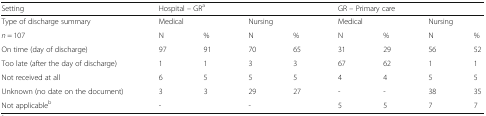
<table><thead><tr><td><b>Setting</b></td><td colspan="4"><b>Hospital – GR<sup>a</sup></b></td><td colspan="4"><b>GR – Primary care</b></td></tr></thead><tbody><tr><td>Type of discharge summary</td><td colspan="2">Medical</td><td colspan="2">Nursing</td><td colspan="2">Medical</td><td colspan="2">Nursing</td></tr><tr><td><i>n</i> = 107</td><td>N</td><td>%</td><td>N</td><td>%</td><td>N</td><td>%</td><td>N</td><td>%</td></tr><tr><td>On time (day of discharge)</td><td>97</td><td>91</td><td>70</td><td>65</td><td>31</td><td>29</td><td>56</td><td>52</td></tr><tr><td>Too late (after the day of discharge)</td><td>1</td><td>1</td><td>3</td><td>3</td><td>67</td><td>62</td><td>1</td><td>1</td></tr><tr><td>Not received at all</td><td>6</td><td>5</td><td>5</td><td>5</td><td>4</td><td>4</td><td>5</td><td>5</td></tr><tr><td>Unknown (no date on the document)</td><td>3</td><td>3</td><td>29</td><td>27</td><td>-</td><td>-</td><td>38</td><td>35</td></tr><tr><td>Not applicable<sup>b</sup></td><td colspan="2">-</td><td colspan="2">-</td><td>5</td><td>5</td><td>7</td><td>7</td></tr></tbody></table>